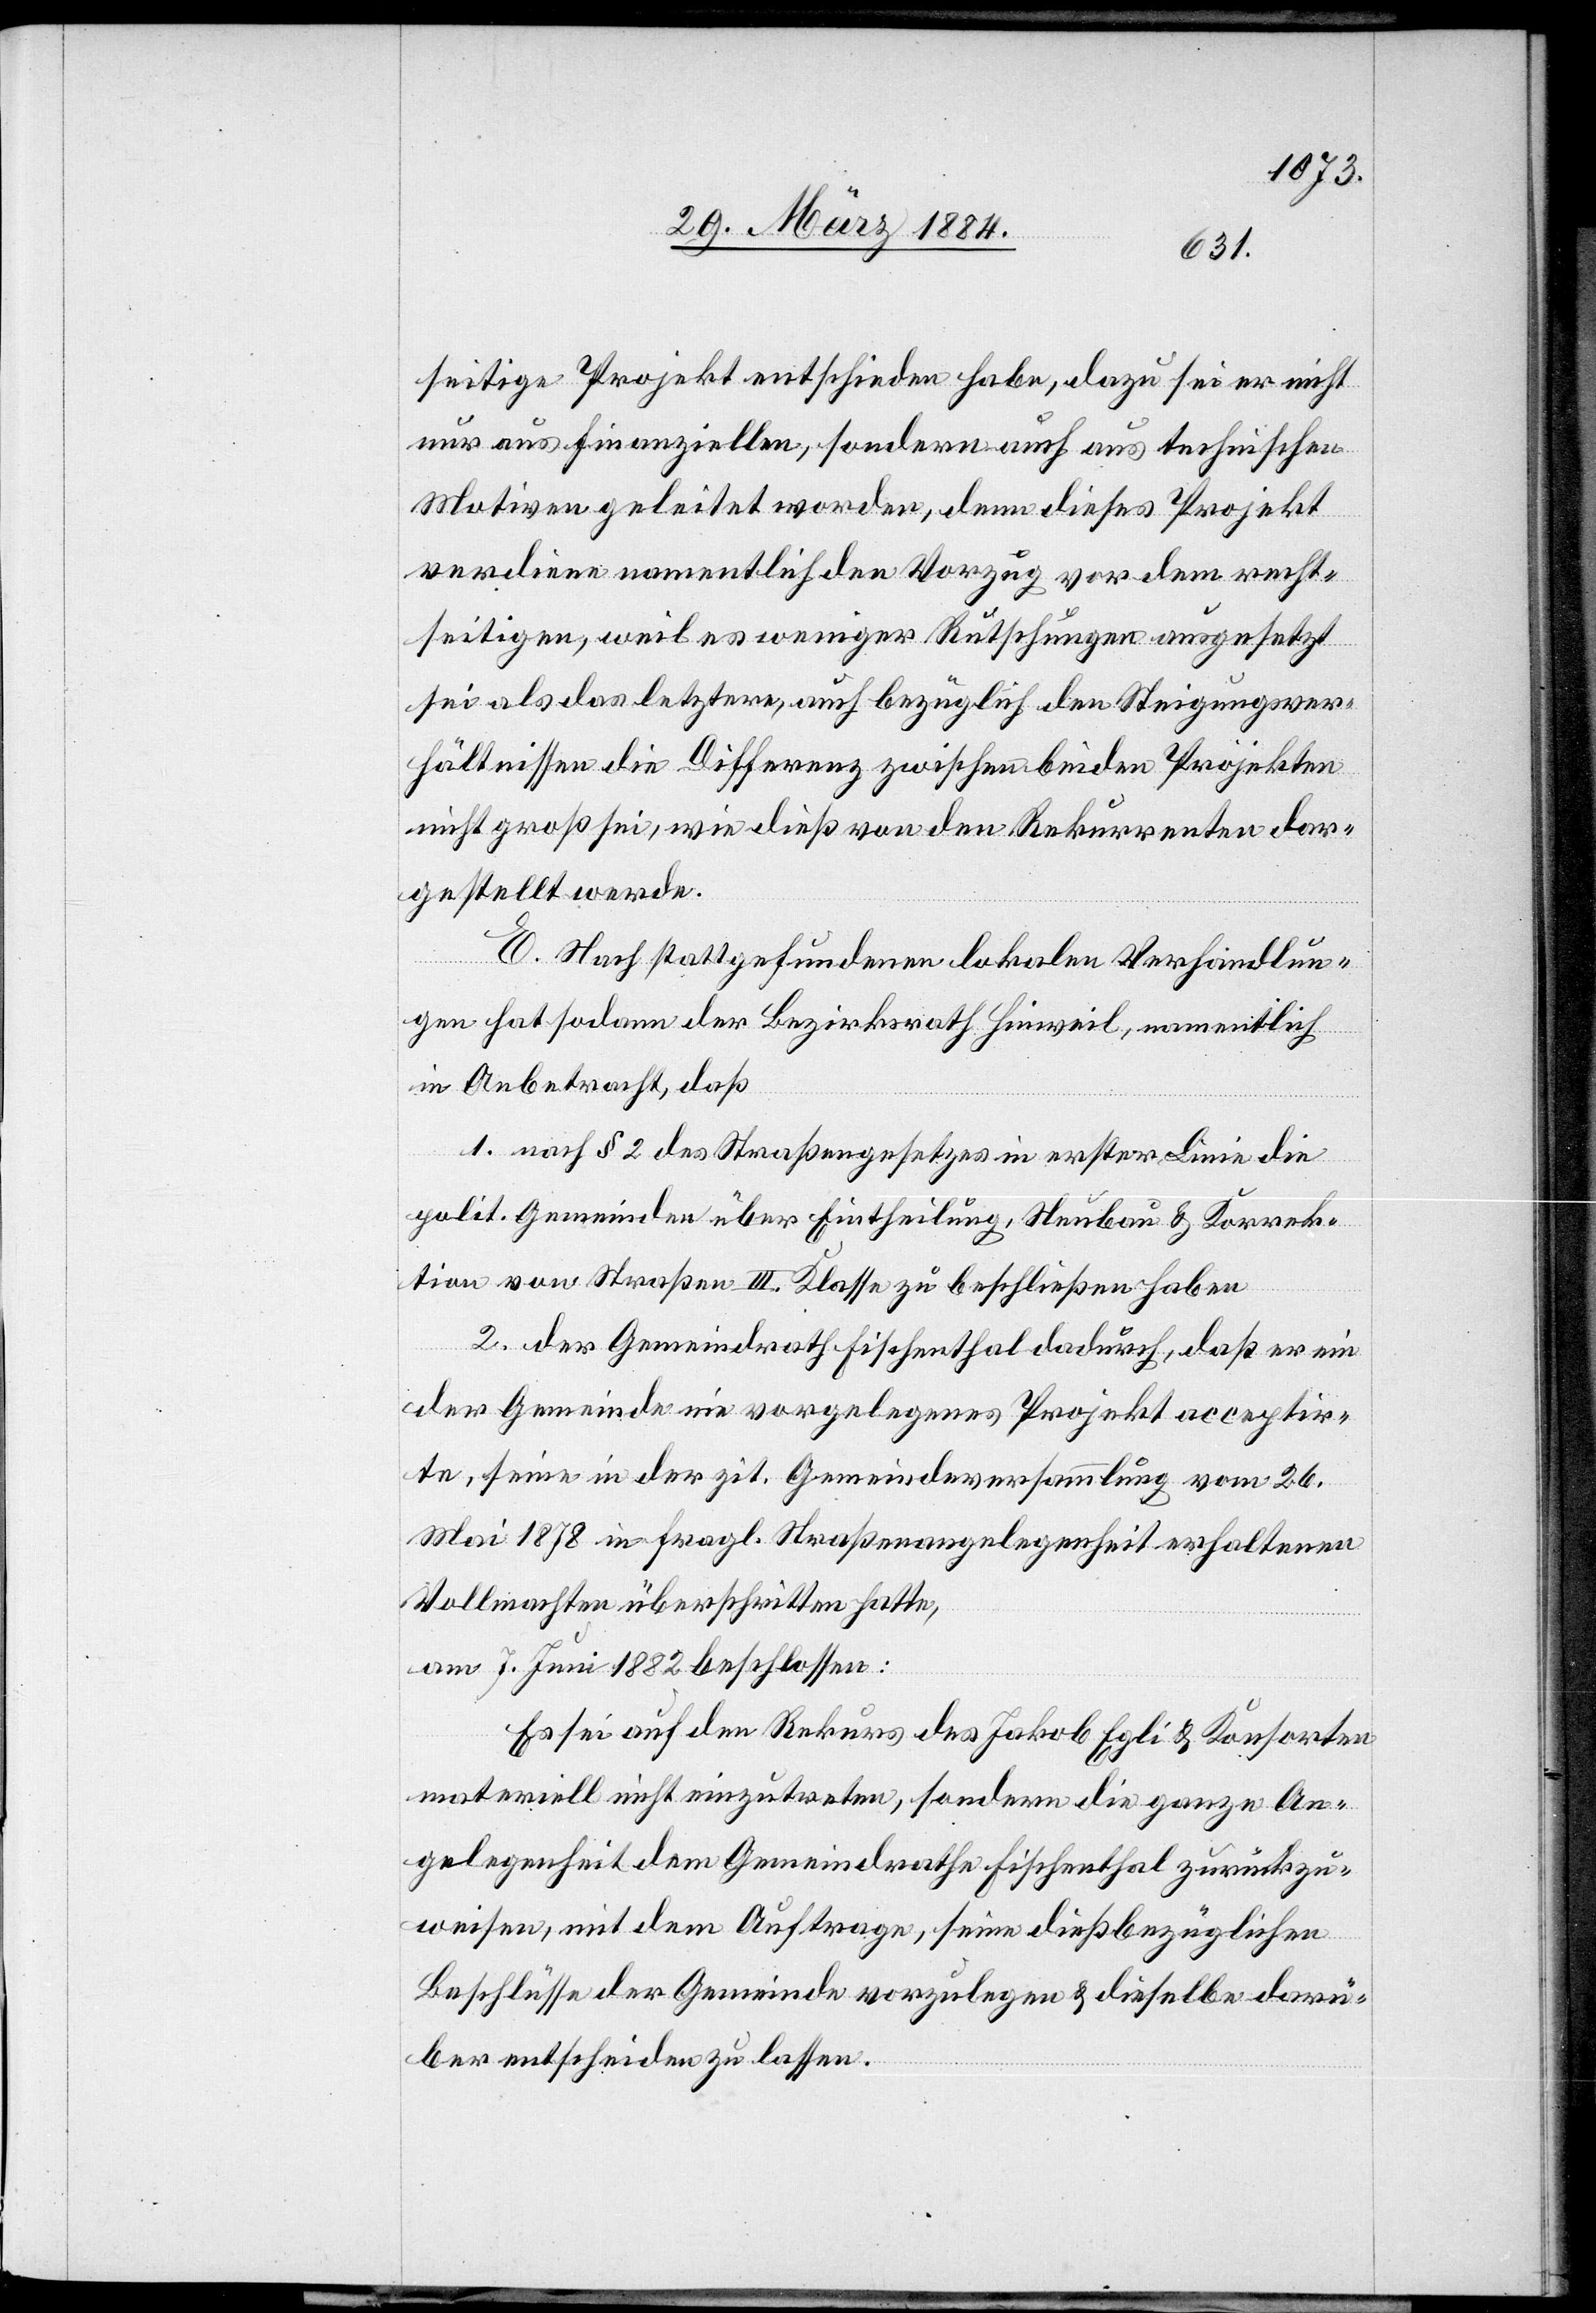
seitige Projekt entschieden habe, dazu sei er nicht
nur aus finanziellen, sondern auch aus technischen
Motiven geleitet worden, denn dieses Projekt
verdiene namentlich den Vorzug vor dem recht¬
seitigen, weil es weniger Rutschungen ausgesetzt
sei als das letztere, auch bezüglich den Steigungsver¬
hältnissen die Differenz zwischen beiden Projekten
nicht groß sei, wie dieß von den Rekurrenten dar¬
gestellt werde.
E. Nach stattgefundenen lokalen Verhandlun¬
gen hat sodann der Bezirksrath Hinweil, namentlich
in Anbetracht, daß
1. nach § 2 des Straßengesetzes in erster Linie die
polit. Gemeinden über Eintheilung, Neubau & Korrek¬
tion von Straßen III. Klasse zu beschließen haben,
2. der Gemeindrath Fischenthal dadurch, daß er ein
der Gemeinde nie vorgelegtes Projekt acceptir¬
te, seine in der zit. Gemeindeversammlung vom 26.
Mai 1878 in fragl. Straßenangelegenheiten erhaltene
Vollmacht überschritten hatte,
am 7. Juni 1882 beschlossen:
Es sei auf den Rekurs des Jakob Egli & Konsorten
materiell nicht einzutreten, sondern die ganze An¬
gelegenheit dem Gemeindrathe Fischenthal zurückzu¬
weisen, mit dem Auftrage, seine dießbezüglichen
Beschlüsse der Gemeinde vorzulegen & dieselbe darü¬
ber entscheiden zu lassen.